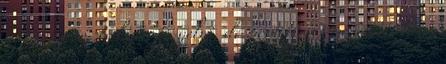
bár nagyon szoktam figyelni, de most mégis megesett, hogy